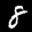
Label: 8